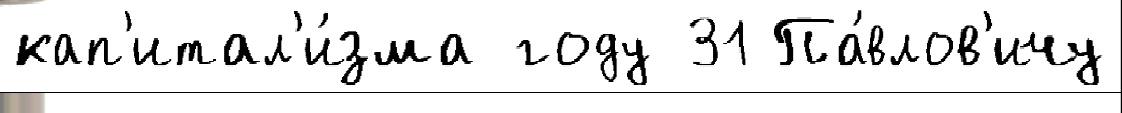
кап'итал'и́зма году 31 Па́влов'ичу